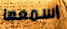
اسمعها